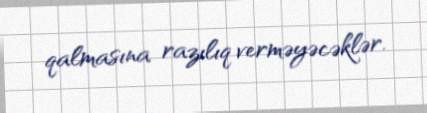
qalmasına razılıq verməyəcəklər.